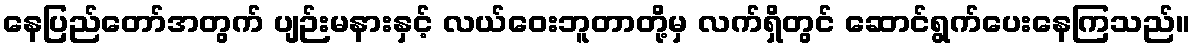
နေပြည်တော်အတွက် ပျဉ်းမနားနှင့် လယ်ဝေးဘူတာတို့မှ လက်ရှိတွင် ဆောင်ရွက်ပေးနေကြသည်။